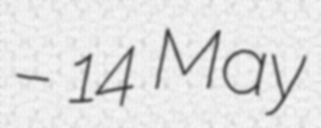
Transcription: – 14 May